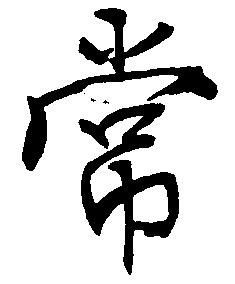
常